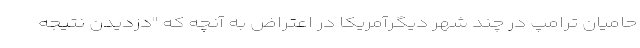
حامیان ترامپ در چند شهر دیگرآمریکا در اعتراض به آنچه که "دزدیدن نتیجه